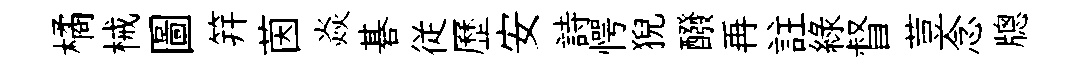
橘械圖笄茵焱碁従歷安詩愕猊醱再註綠督荳念牕